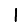
Digit: 1